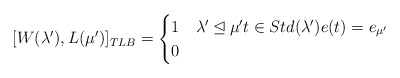
\begin{align*}[W(\lambda'),L(\mu')]_{TLB}=\begin{cases}1 & \lambda' \unlhd\mu' t\in Std(\lambda') e(t)=e_{\mu'}\\0 &\end{cases}\end{align*}